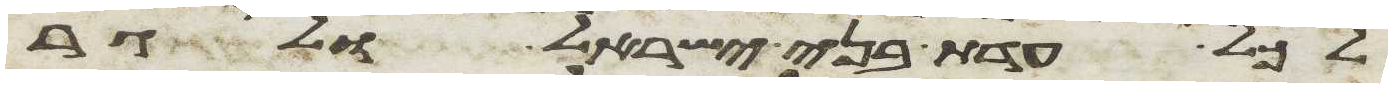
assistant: לכל עדת בני ישראל ולגר